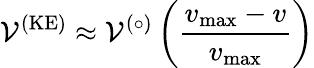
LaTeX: \mathcal{V}^{(\textrm{KE})}\approx\mathcal{V}^{(\circ)}\left(\frac{v_{\textrm{max}}-v}{v_{\textrm{max}}}\right)